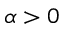
\alpha > 0